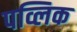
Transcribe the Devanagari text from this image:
पव्लिक